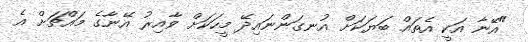
"އޭނާ އަކީ އެތައް ބަޔަކަށް އުނގަންނައިދޭ މީހަކަށް ވާއިރު އޭނާގެ މައްޗަށް އެ